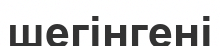
шегінгені